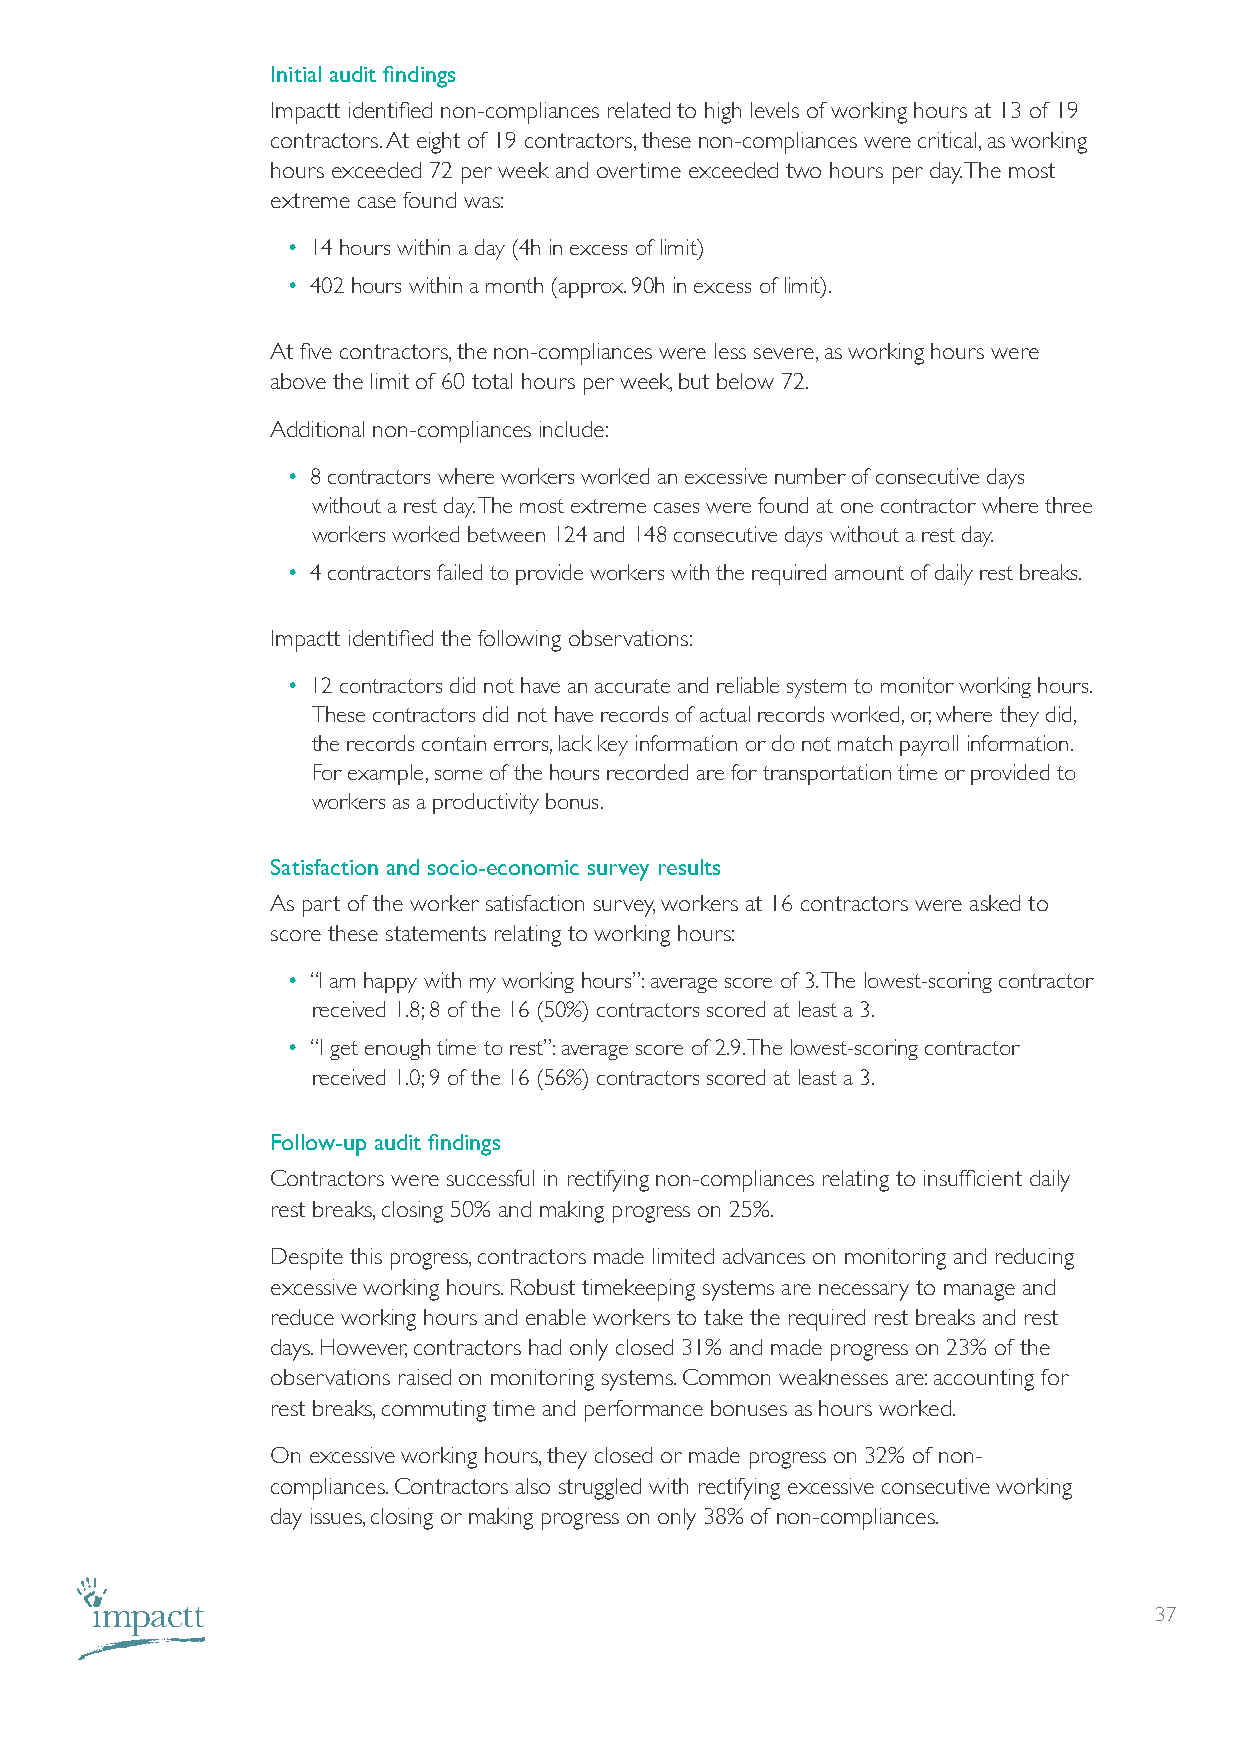
Initial audit findings
 Impactt identified non-compliances related to high levels of working hours at 13 of 19
 contractors. At eight of 19 contractors, these non-compliances were critical, as working
 hours exceeded 72 per week and overtime exceeded two hours per day. The most
 extreme case found was:
 • 14 hours within a day (4h in excess of limit)
 • 402 hours within a month (approx. 90h in excess of limit).
 At five contractors, the non-compliances were less severe, as working hours were
 above the limit of 60 total hours per week, but below 72.
 Additional non-compliances include:
 • 8 contractors where workers worked an excessive number of consecutive days
 without a rest day. The most extreme cases were found at one contractor where three
 workers worked between 124 and 148 consecutive days without a rest day.
 • 4 contractors failed to provide workers with the required amount of daily rest breaks.
 Impactt identified the following observations:
 • 12 contractors did not have an accurate and reliable system to monitor working hours.
 These contractors did not have records of actual records worked, or, where they did,
 the records contain errors, lack key information or do not match payroll information.
 For example, some of the hours recorded are for transportation time or provided to
 workers as a productivity bonus.
 Satisfaction and socio-economic survey results
 As part of the worker satisfaction survey, workers at 16 contractors were asked to
 score these statements relating to working hours:
 • “I am happy with my working hours”: average score of 3. The lowest-scoring contractor
 received 1.8; 8 of the 16 (50%) contractors scored at least a 3.
 • “I get enough time to rest”: average score of 2.9. The lowest-scoring contractor
 received 1.0; 9 of the 16 (56%) contractors scored at least a 3.
 Follow-up audit findings
 Contractors were successful in rectifying non-compliances relating to insufficient daily
 rest breaks, closing 50% and making progress on 25%.
 Despite this progress, contractors made limited advances on monitoring and reducing
 excessive working hours. Robust timekeeping systems are necessary to manage and
 reduce working hours and enable workers to take the required rest breaks and rest
 days. However, contractors had only closed 31% and made progress on 23% of the
 observations raised on monitoring systems. Common weaknesses are: accounting for
 rest breaks, commuting time and performance bonuses as hours worked.
 On excessive working hours, they closed or made progress on 32% of non-
 compliances. Contractors also struggled with rectifying excessive consecutive working
 day issues, closing or making progress on only 38% of non-compliances.
 37